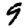
Digit: 9